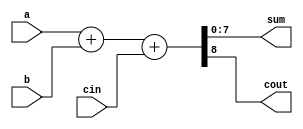
module bin_add(
    input [7:0]a,b,
    input cin,
    output reg[7:0]sum,
    output reg cout);
	 
always @ (a or b or cin)
   {cout,sum}= a + b + cin;
endmodule